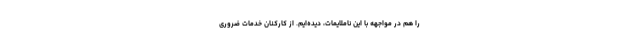
را هم در مواجهه با این ناملایمات، دیده‌ایم. از کارکنان خدمات ضروری